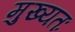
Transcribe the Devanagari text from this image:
मुख्यतः